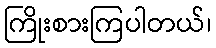
ကြိုးစားကြပါတယ်၊